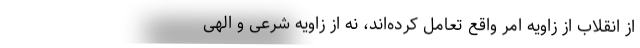
از انقلاب از زاویه امر واقع تعامل کرده‌اند، نه از زاویه شرعی و الهی